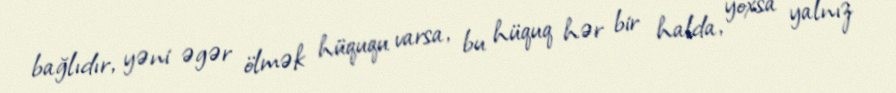
bağlıdır, yəni əgər ölmək hüququ varsa, bu hüquq hər bir halda, yoxsa yalnız